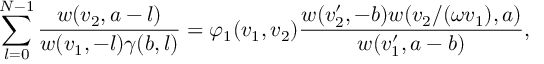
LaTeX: \sum _ { l = 0 } ^ { N - 1 } \frac { w ( v _ { 2 } , a - l ) } { w ( v _ { 1 } , - l ) \gamma ( b , l ) } = \varphi _ { 1 } ( v _ { 1 } , v _ { 2 } ) \frac { w ( v _ { 2 } ^ { \prime } , - b ) w ( v _ { 2 } / ( \omega v _ { 1 } ) , a ) } { w ( v _ { 1 } ^ { \prime } , a - b ) } ,